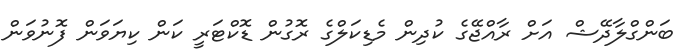
ބަންގްލާދޭޝް އަށް ރާއްޖޭގެ ކުދިން މެޑިކަލްގެ ރޮގުން ޑޮކްޓަރީ ކަން ކިޔަވަން ފޮނުވަން